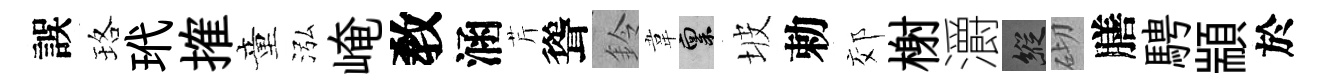
誤珞玳搉童泓崦敎涵芹聳鈴韋禀坡勅郊榭灂縱砌膳騁顓於